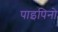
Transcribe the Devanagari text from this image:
पाइपिनो